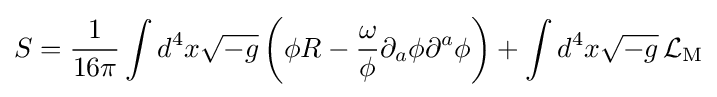
S={\frac {1}{16\pi }}\int d^{4}x{\sqrt {-g}}\left(\phi R-{\frac {\omega }{\phi }}\partial _{a}\phi \partial ^{a}\phi \right)+\int d^{4}x{\sqrt {-g}}\,{\mathcal {L}}_{\mathrm {M} }